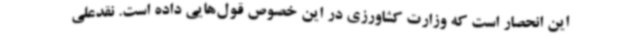
این انحصار است که وزارت کشاورزی در این خصوص قول‌هایی داده است. نقدعلی